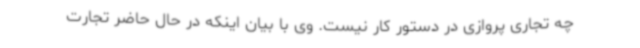
چه تجاری پروازی در دستور کار نیست. وی با بیان اینکه در حال حاضر تجارت